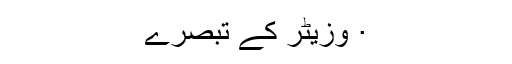
· وزیٹر کے تبصرے